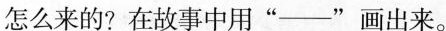
怎么来的?在故事中用”—”画出来。